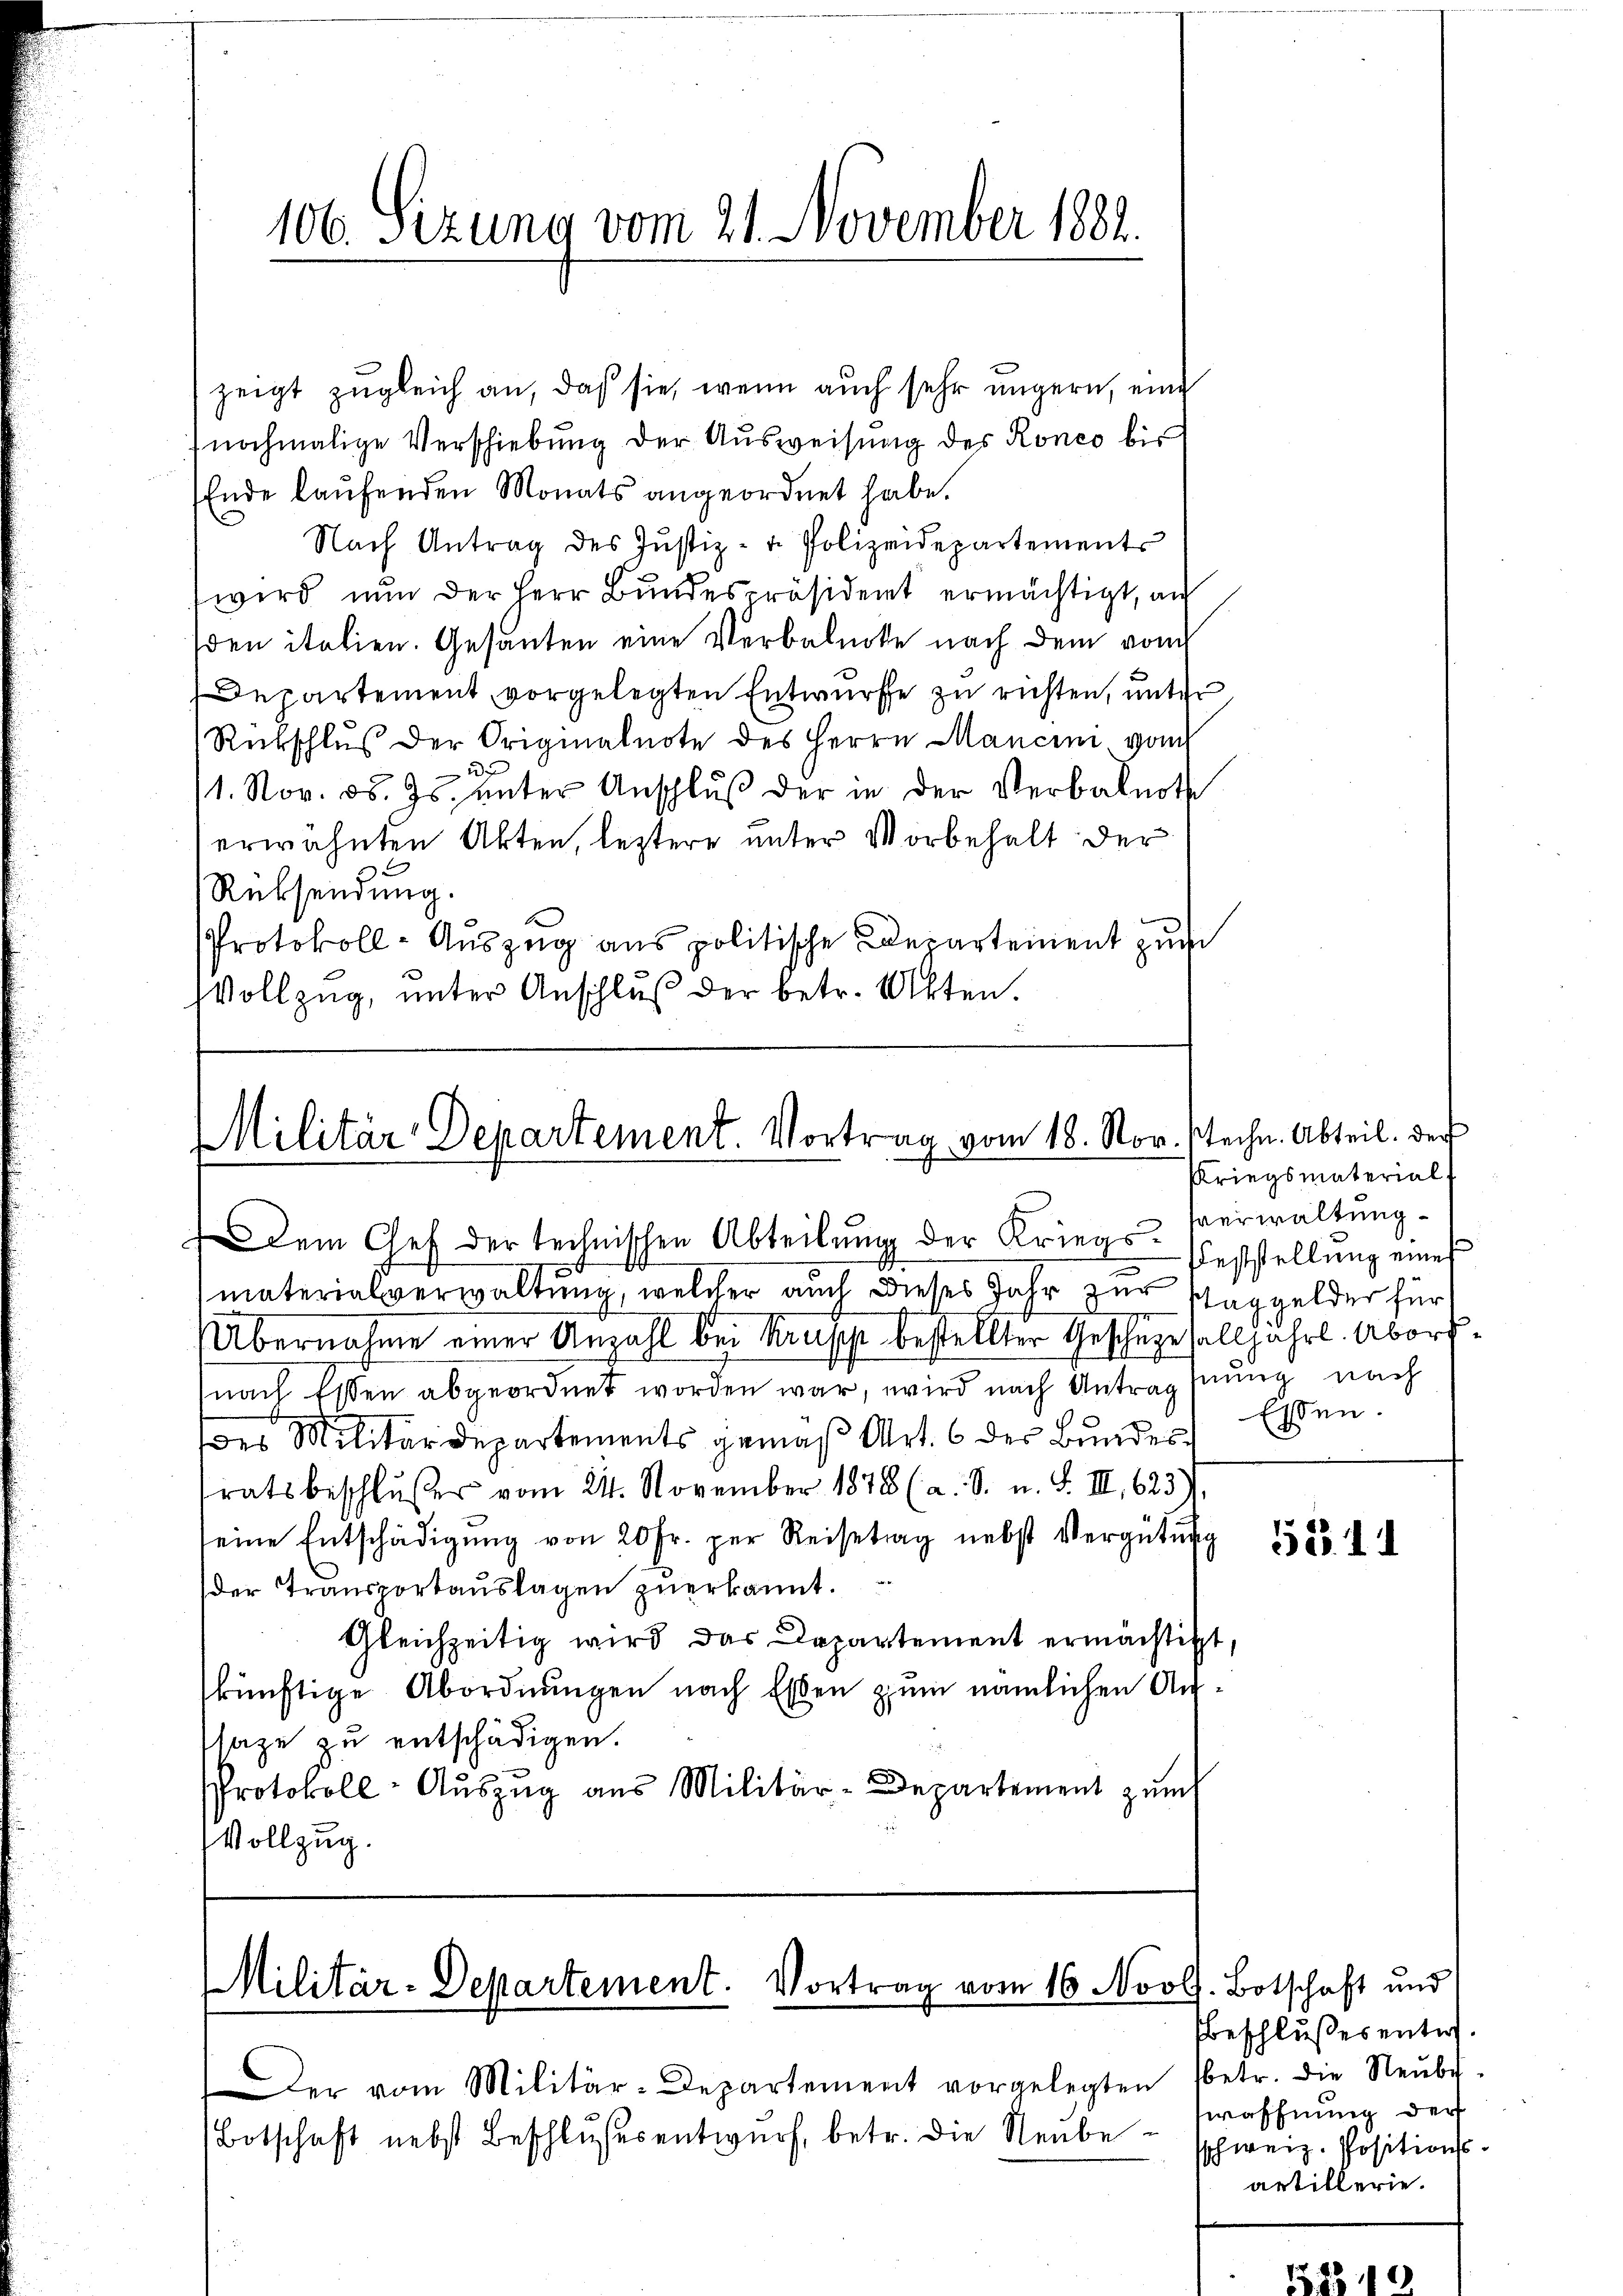
106. Sizung vom 21. November 1881.

zeigt zugleich an, daß sie, wenn auch sehr ungern, eine
nochmalige Verschiebung der Ausweisung des Ronco bis
Ende laufenden Monats angeordnet habe.
Nach Antrag des Jŭstiz- u. Polizeidepartements
wird nun der Herr Bundespräsident ermächtigt, au
den italien. Gesanten eine Verbalecke nach dem vom
Departement vorgelegten Entwurfe zu richten, unter
Rückschluß der Originalnote des Herrn Mancini vom
a
/1. Nov. 18. Js. ŭnter Anschlŭβ der in der Verbalnote
erwähnten Akten, leztere unter Vorbehalt der
Rücksendung.
Protokoll-Auszug aus politische Departement zum
Vollzug, unter Anschluß der betr. Akten.

Militär-Departement. Vortrag vom 18. Nov. stechn. Abteil. Der

dem Chef der technischen Abteilŭng der Kriegs-Feststellŭng eines

Militär-Departement. Vortrag vom 16. Nool. Botschaft und

er vom Militär-Departement vorgelegten
Botschaft nebst Beschlußesentwurf, betr. die Neube¬

Kriegsmaterial-
sverwaltung
Essen.

materialverwaltung, welcher auch dieses Jahr zur Schaggelder für
Übernahme einer Anzahl bei Kruss bestellter Geschäzesalljährl. Abordnach Essen abgeordnet worden war, wird nach Antragsnung nach
des Militärdepartements gemäß Art. 6 der Bundessratsbeschlŭβer vom 21. November 1878 (a. S. u. S. III 623)
seine Entschädigŭng von 20 Fr. per Reisetag nebst Vergütun
der Transportauslagen zuerkannt.
Gleichzeitig wird das Departement ermächtigt,
künftige Abordnungen nach Essen zum nämlichen Antlage zu entschädigen.
Protokoll- Aŭszŭg aus Militär-Departement zŭm
Vollzug.

583. 11

beschlußes entw.
betr. die Neube
woffnung der
sschweiz. Positionsartillerie.